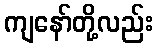
ကျနော်တို့လည်း